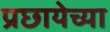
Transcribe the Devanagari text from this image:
प्रछायेच्या